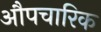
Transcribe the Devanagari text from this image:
औपचारिक